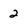
Character: 2